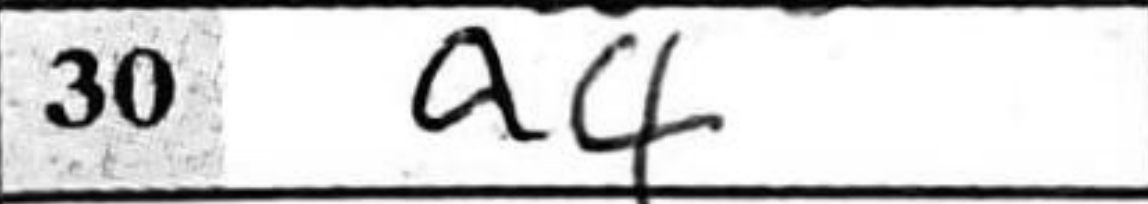
Transcription: a4